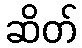
ဆိတ်